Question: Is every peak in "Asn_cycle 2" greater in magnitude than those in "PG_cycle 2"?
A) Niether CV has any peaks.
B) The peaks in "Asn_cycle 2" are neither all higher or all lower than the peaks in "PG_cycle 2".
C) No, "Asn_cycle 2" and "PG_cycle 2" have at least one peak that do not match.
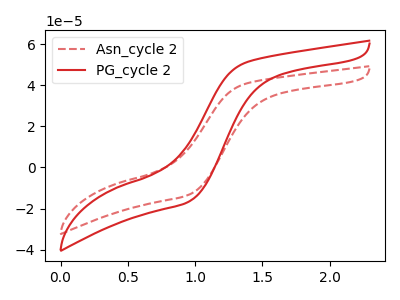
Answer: <think>The red dashed curve "Asn_cycle 2" has no peaks. The red curve "PG_cycle 2" has no peaks.</think>
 <answer>A) Niether CV has any peaks.</answer>
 <eval>A</eval>